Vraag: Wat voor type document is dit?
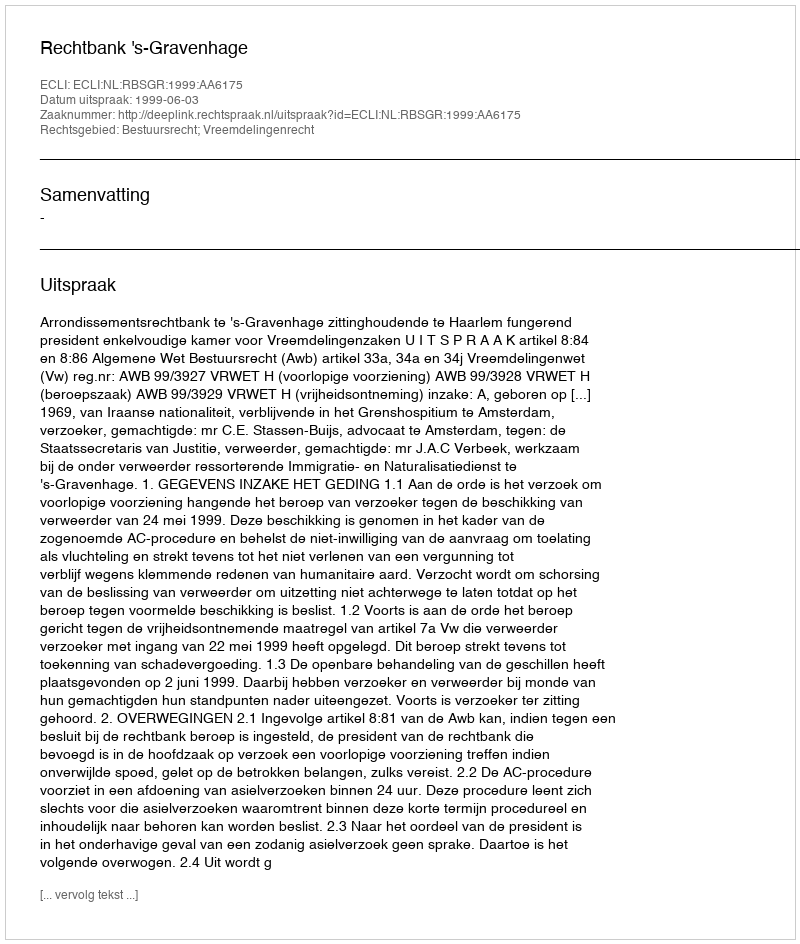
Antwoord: Uitspraak